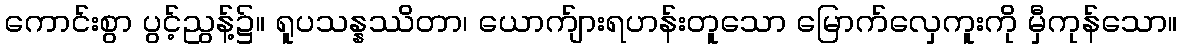
ကောင်းစွာ ပွင့်ညွန့်၌။ ရူပသန္နဿိတာ၊ ယောက်ျားရဟန်းတူသော မြောက်လှေကူးကို မှီကုန်သော။